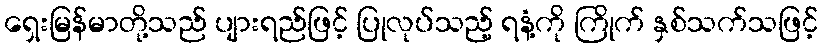
ရှေးမြန်မာတို့သည် ပျားရည်ဖြင့် ပြုလုပ်သည့် ရနံ့ကို ကြိုက် နှစ်သက်သဖြင့်